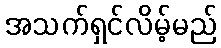
အသက်ရှင်လိမ့်မည်